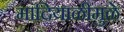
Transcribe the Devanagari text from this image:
मांदियाळीमुळे